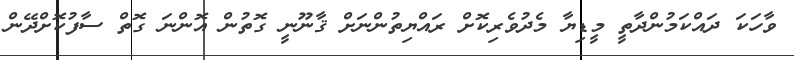
ވާހަކަ ދައްކަމުންދާތީ މީޑިޔާ މެދުވެރިކޮށް ރައްޔިތުންނަށް ޤާނޫނީ ގޮތުން އޮންނަ ގޮތް ސާފުކޮށްދޭން